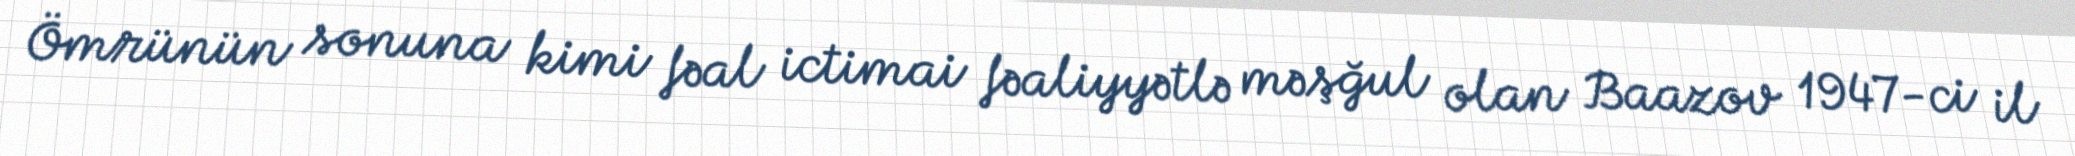
Ömrünün sonuna kimi fəal ictimai fəaliyyətlə məşğul olan Baazov 1947-ci il